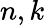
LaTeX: n,k